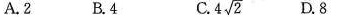
A.2 B.4 C. 4 \sqrt{2} D.8